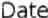
DATE